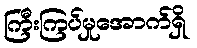
ကြီးကြပ်မှုအောက်ရှိ